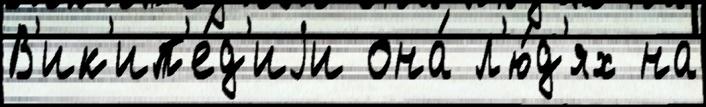
В'ик'ип'е́д'иjи она́ л'ю́д'ях на